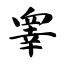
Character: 睾